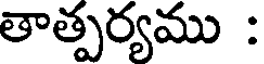
తాత్పర్యము :